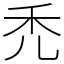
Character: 禿